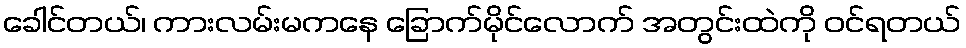
ခေါင်တယ်၊ ကားလမ်းမကနေ ခြောက်မိုင်လောက် အတွင်းထဲကို ဝင်ရတယ်